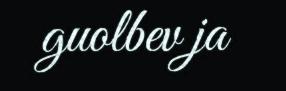
guolbev ja